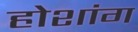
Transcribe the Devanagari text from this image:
होशांग